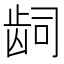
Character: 𬹿